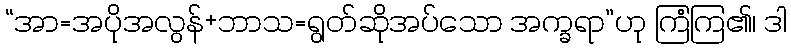
“အာ=အပိုအလွန်+ဘာသ=ရွတ်ဆိုအပ်သော အက္ခရာ”ဟု ကြံကြ၏၊ ဒါ